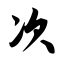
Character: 次